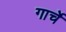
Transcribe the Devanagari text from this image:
गार्चे